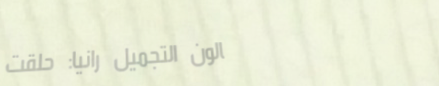
صالون التجميل رانيا: حلقت